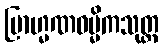
ဗြာဟ္မဏဓမ္မိကသုတ္တ